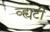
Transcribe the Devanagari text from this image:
व्ह्यटी